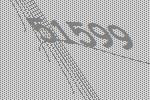
51599